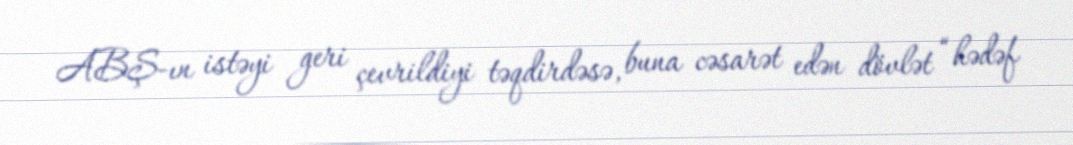
ABŞ-ın istəyi geri çevrildiyi təqdirdəsə, buna cəsarət edən dövlət “hədəf